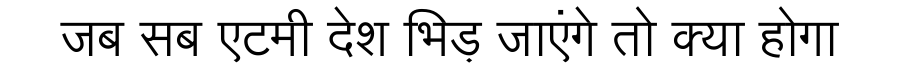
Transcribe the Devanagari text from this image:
जब सब एटमी देश भिड़ जाएंगे तो क्या होगा